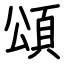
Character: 頌